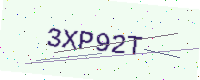
Text: 3XP92T